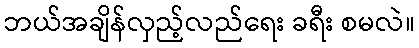
ဘယ်အချိန်လှည့်လည်ရေး ခရီး စမလဲ။